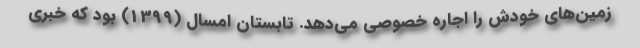
زمین‌های خودش را اجاره خصوصی می‌دهد. تابستان امسال (13۹۹) بود که خبری